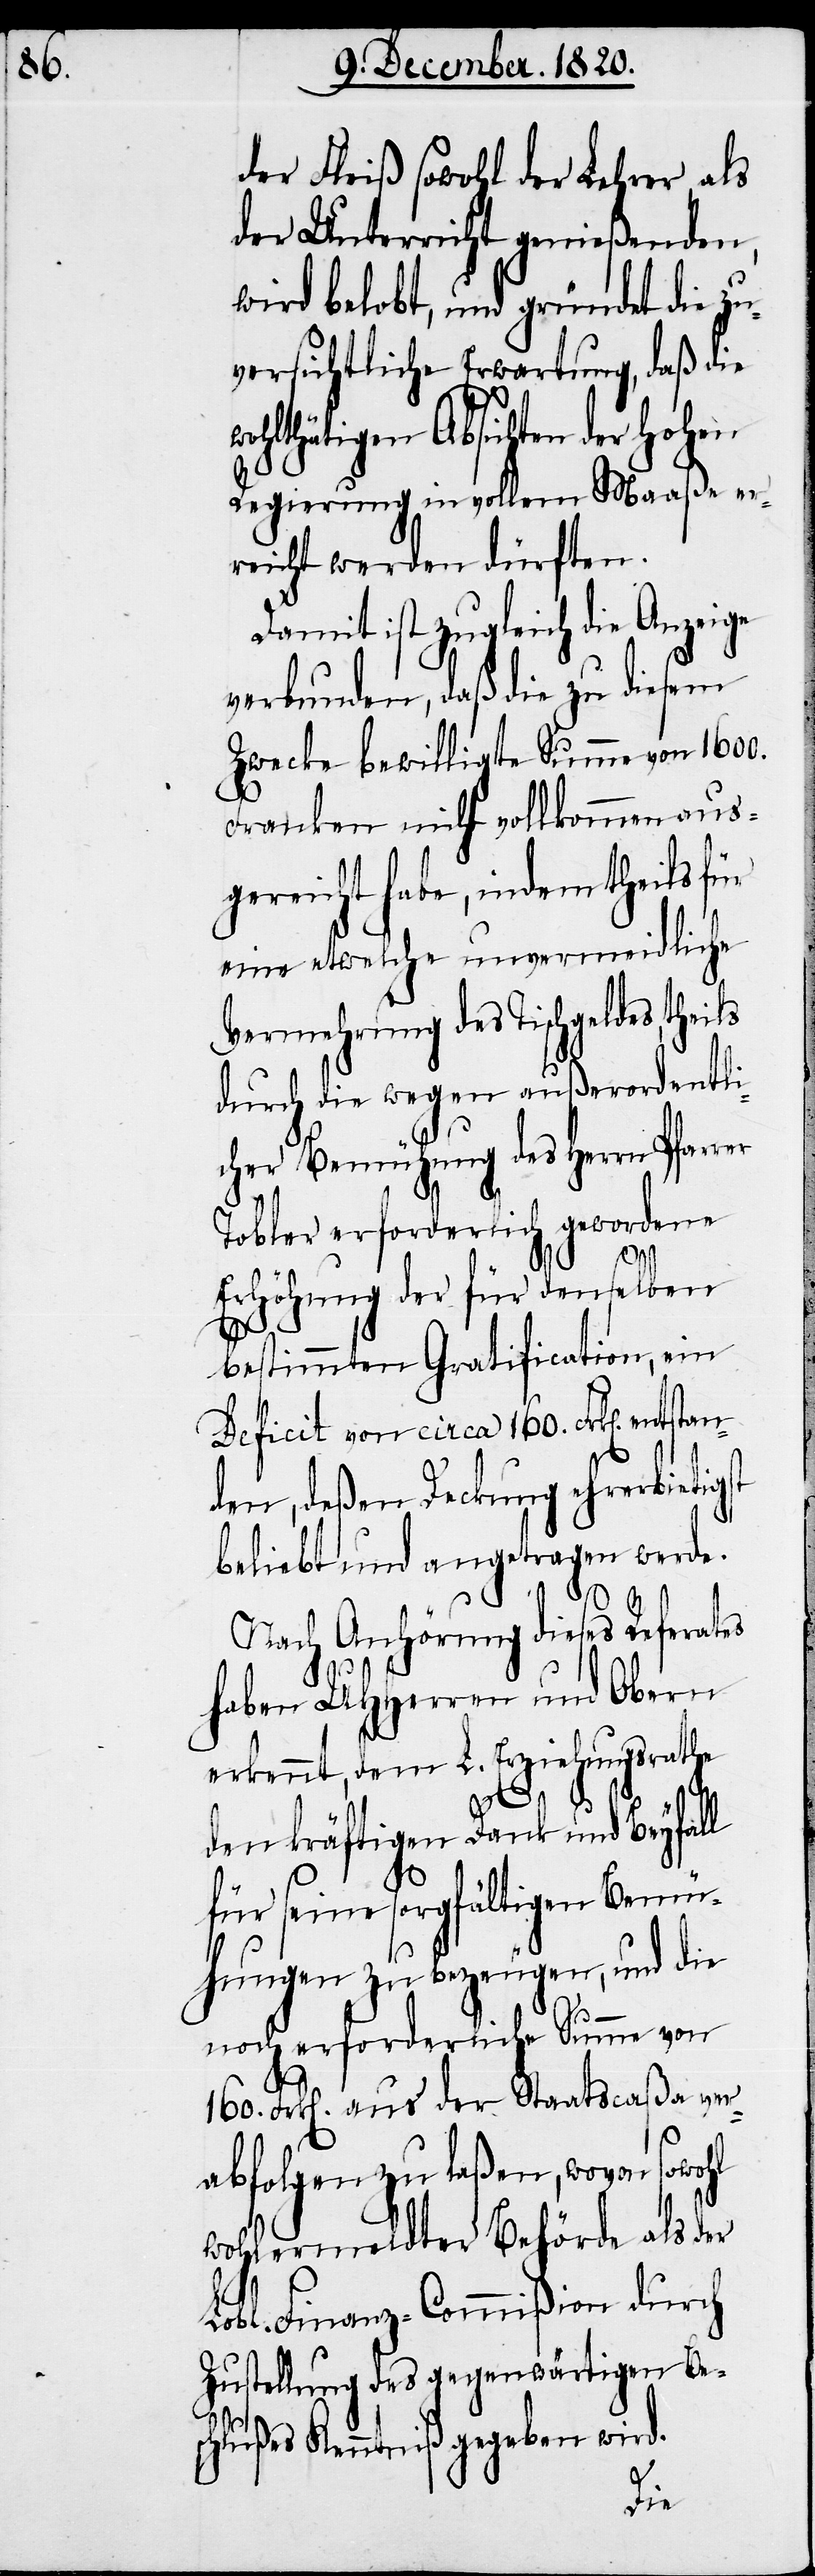
Der Fleiß sowohl der Lehrer als
der Unterricht genießenden,
wird belobt, und gründet die zu¬
versichtliche Erwartung, daß die
ohlthätigen Absichten der hohen
Regierung in vollem Maaße er¬
reicht werden dürfte.
Damit ist zugleich die Anzeige
tan¬
verbunden, daß die zu d¬
Zwecke bewilligte Summe von 1600.
Franken nicht vollkommen aus¬
gereicht habe, indem theils für
eine etwelche unvermeidliche
Vermehrung des Tischgeldes, theils
durch die wegen außerordentli¬
cher Bemühung des Herrn Pfarrer
Tobler erforderlich gewordene
Erhöhung der für denselben
bestimmten Gratifcation, ein
Deficit von circa 160. Frk[en].
den, deßen Deckung ehrerbieti¬
beliebt und angetragen werde.
Nach Anhörung dieses Referates
haben UHHerren und Obern
erkennt, dem L. Erziehungsrathe
gst
den kräftigen Dank und Beyfall
für seine sorgfältigen Bemü¬
hungen zu bezeugen, und die
noch erforderliche Summe von
160. Frk[en]. aus der Staatscaßa ver¬
abfolgen zu laßen, wovon sowohl
wohlermeldter Behörde als der
Lobl. Finanz-Commißion durch
Zustellung des gegenwärtigen Bes¬
chlußes Kenntniß gegeben wird.